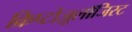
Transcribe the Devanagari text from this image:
क्रिप्टोज़ूलॉजिस्ट